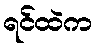
ရင်ထဲက